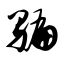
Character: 骗